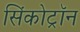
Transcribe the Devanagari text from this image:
सिंकोट्रॉन